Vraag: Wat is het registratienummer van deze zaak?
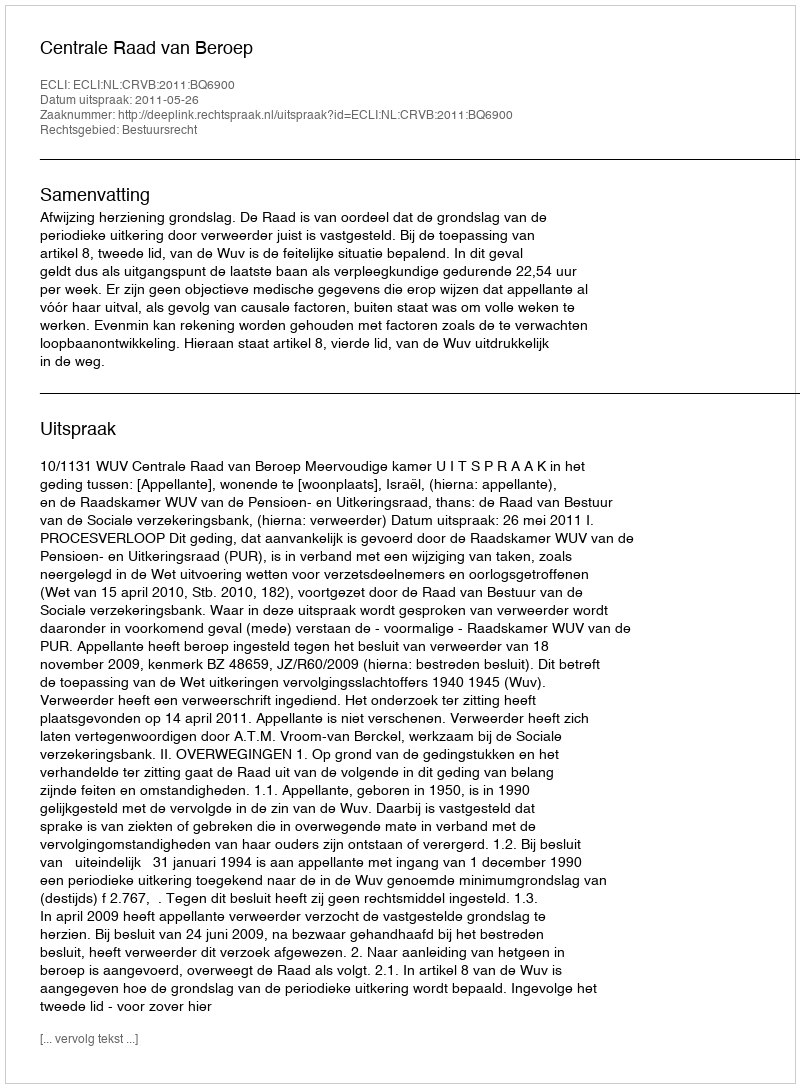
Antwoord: http://deeplink.rechtspraak.nl/uitspraak?id=ECLI:NL:CRVB:2011:BQ6900